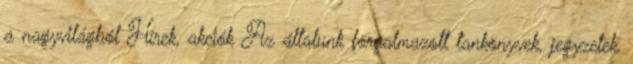
a nagyvilágból Hírek, akciók Az általunk forgalmazott tankönyvek, jegyzetek,